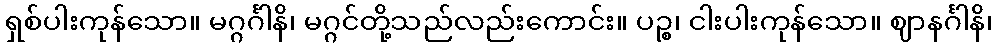
ရှစ်ပါးကုန်သော။ မဂ္ဂင်္ဂါနိ၊ မဂ္ဂင်တို့သည်လည်းကောင်း။ ပဉ္စ၊ ငါးပါးကုန်သော။ ဈာနင်္ဂါနိ၊